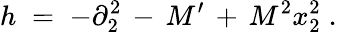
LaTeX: h\; =\; -\partial_{2}^{2}\, -\, M^{\prime}\, +\, M^{2}x_{2}^{2}\; .